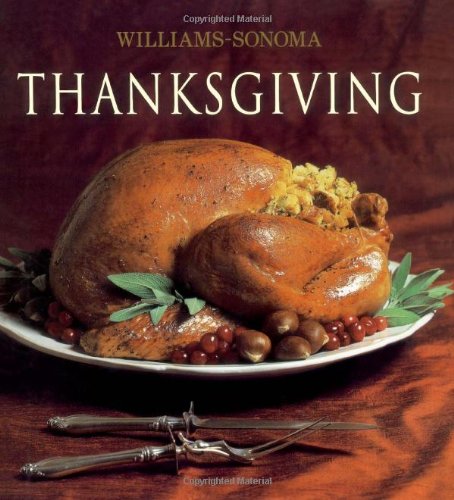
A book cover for Williams-Sonoma Collection: Thanksgiving; Michael McLaughlin; Cookbooks, Food & Wine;